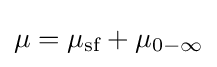
\mu =\mu _{\text{sf}}+\mu _{0-\infty }